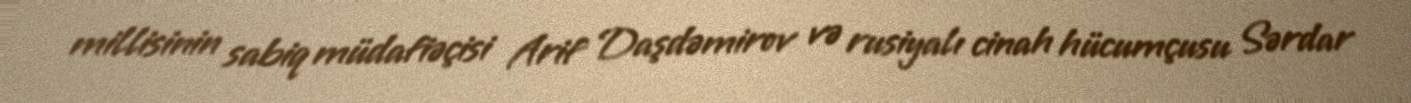
millisinin sabiq müdafiəçisi Arif Daşdəmirov və rusiyalı cinah hücumçusu Sərdar